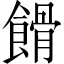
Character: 餶